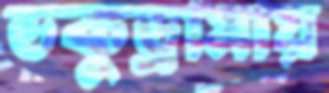
ডকুড্রামায়